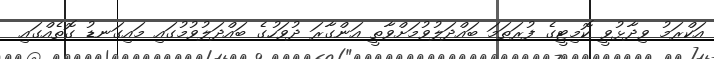
އަކްރަމު ވިދާޅުވީ ކޮމިޓީގެ ފުރަތަމަ ބައްދަލުވުމަށްވާތީ އަންގާރަ ދުވަހުގެ ބައްދަލުވުމުގައި މައިގަނޑު ގޮތެއްގައި